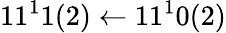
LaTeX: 11^{1}1(2)\leftarrow 11^{1}0(2)